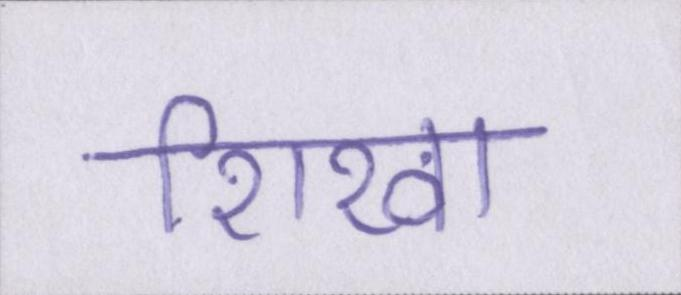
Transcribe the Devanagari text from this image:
शिखा